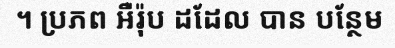
។ ប្រភព អឺរ៉ុប ដដែល បាន បន្ថែម